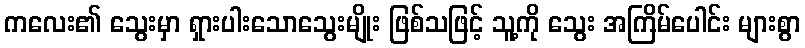
ကလေး၏ သွေးမှာ ရှားပါးသောသွေးမျိုး ဖြစ်သဖြင့် သူ့ကို သွေး အကြိမ်ပေါင်း များစွာ